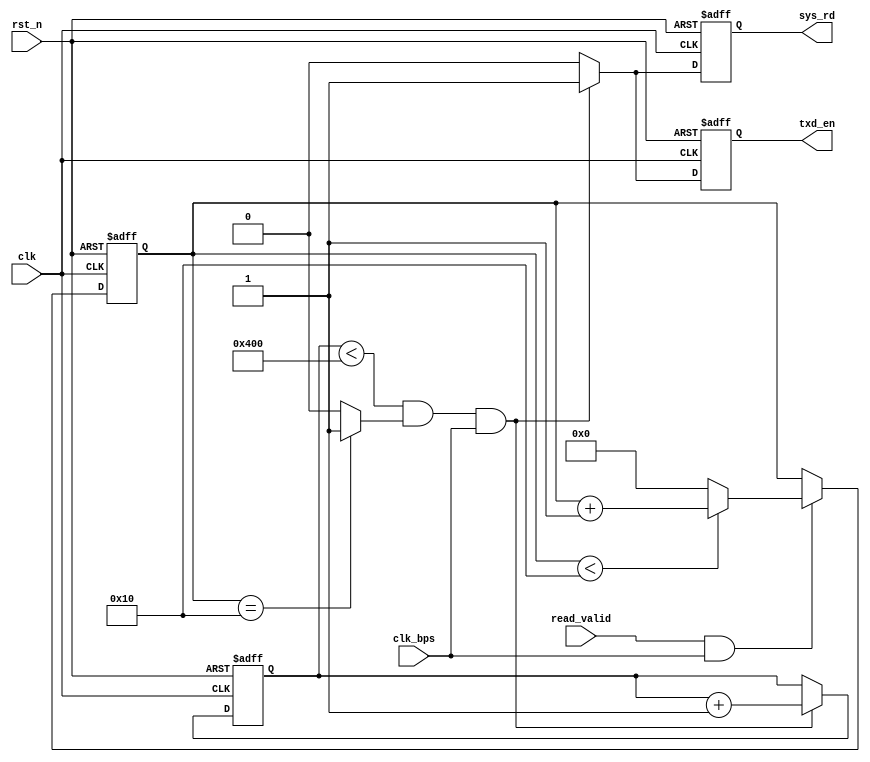
/*-------------------------------------------------------------------------
This confidential and proprietary software may be only used as authorized
by a licensing agreement from Amfpga.
(C) COPYRIGHT 2012 CrazyBingo. ALL RIGHTS RESERVED
Filename			:		CMOS_Capture.v
Author				:		suisuisi
Data				:		2018-10-09
Version				:		1.0
Description			:		sdram test with uart interface.
Modification History	:
Data			By			Version			Change Description
===========================================================================

--------------------------------------------------------------------------*/
`timescale 1ns/1ns
module data_readstream
(
	input	clk,
	input	rst_n,
	
	input	clk_bps,
	input	read_valid,
	
	output	reg	txd_en,
	output	reg	sys_rd
);

//localparam	DELAY_CNT	=	5'd4;
//localparam	DATA_CNT	=	19'd64;
localparam	DELAY_CNT	=	5'd16;
localparam	DATA_CNT	=	22'd1024;//{1'b1,2'b00,20'b0};	//19'd4096;

//------------------------------------------
//
reg	[4:0]	cnt;	//16
always@(posedge clk or negedge rst_n)
begin
	if(!rst_n)
		cnt <= 0;
	else if(read_valid & clk_bps)
		begin
		if(cnt < DELAY_CNT)
			cnt <= cnt + 1'b1;
		else
			cnt <= 0;
		end
	else
		cnt <= cnt;
end
wire delay_16 = (cnt == DELAY_CNT) ? 1'b1 : 1'b0;

//--------------------------
//
reg	[22:0]	dcnt;
always@(posedge clk or negedge rst_n)
begin
	if(!rst_n)
		begin
		dcnt <= 0;
		sys_rd <= 0;
		txd_en <= 0;
		end
	else if(dcnt < DATA_CNT && delay_16 == 1'b1 && clk_bps == 1'b1)
		begin
		dcnt  <= dcnt + 1'b1;
		sys_rd <= 1'b1;
		txd_en <= 1'b1;
		end
	else
		begin
		dcnt <= dcnt;
		sys_rd <= 1'b0;
		txd_en <= 1'b0;
		end
end

endmodule